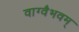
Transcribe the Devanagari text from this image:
वाग्वैभवम्